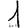
Digit: 1